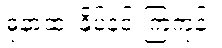
ဓုနာထ၊ နှိပ်နင်းကြကုန်။